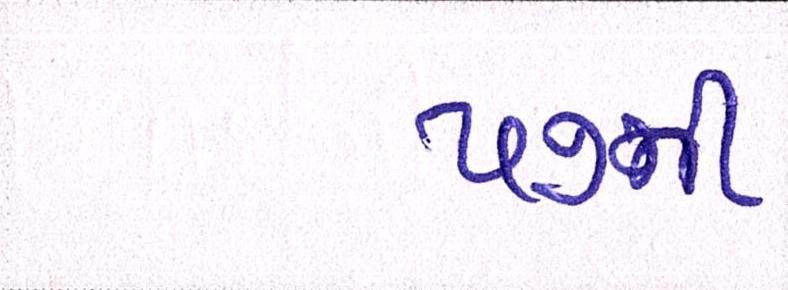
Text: ૫૭ની